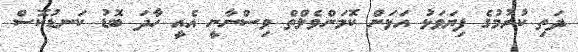
ދަތި ކުރުމުގެ ފިޔަވަޅު އަޅަން ކޮމަންވެލްތް ވިސްނާނީ އެއީ ހާދަ ބޮޑު ކަނޑުކޮސް